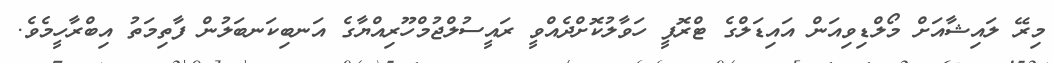
މިރޭ ލައިޝާއަށް މޯލްޑިވިއަން އައިޑަލްގެ ޓްރޮފީ ހަވާލުކޮށްދެއްވީ ރައީސުލްޖުމްހޫރިއްޔާގެ އަނބިކަނބަލުން ފާތިމަތު އިބްރާހީމެވެ.